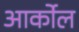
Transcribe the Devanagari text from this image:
आर्कोल